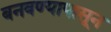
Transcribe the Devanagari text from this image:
बनवण्यापासून